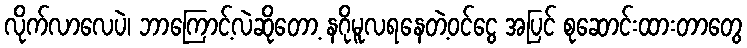
လိုက်လာလေပဲ၊ ဘာကြောင့်လဲဆိုတော့ နဂိုမူလရနေတဲ့ဝင်ငွေ အပြင် စုဆောင်းထားတာတွေ